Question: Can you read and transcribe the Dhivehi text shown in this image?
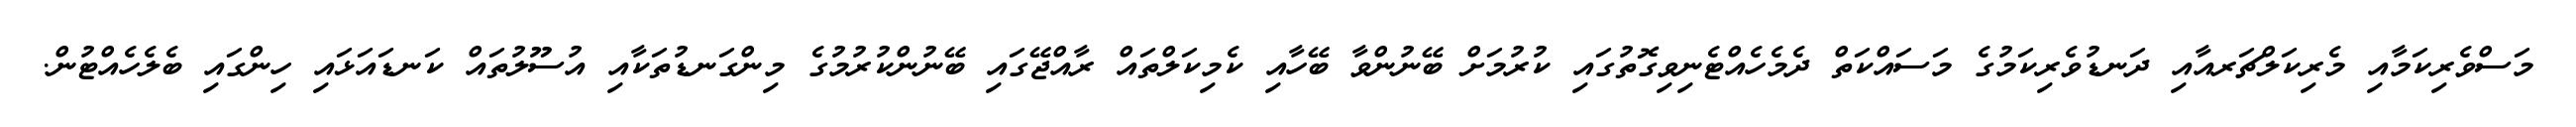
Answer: މަސްވެރިކަމާއި މެރިކަލްޗަރއާއި ދަނޑުވެރިކަމުގެ މަސައްކަތް ދެމެހެއްޓެނިވިގޮތުގައި ކުރުމަށް ބޭނުންވާ ބޭހާއި ކެމިކަލްތައް ރާއްޖޭގައި ބޭނުންކުރުމުގެ މިންގަނޑުތަކާއި އުސޫލުތައް ކަނޑައަޅައި ހިންގައި ބެލެހެއްޓުން.